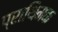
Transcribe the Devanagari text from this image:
प्राथिमक